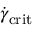
\dot { \gamma } _ { \mathrm { c r i t } }